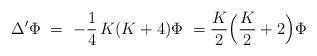
LaTeX: \begin{align*}\Delta'\Phi\ =\ -\frac14\,K(K+4)\Phi\ =\-\frac K2\Big(\frac K2+2\Big)\Phi\end{align*}